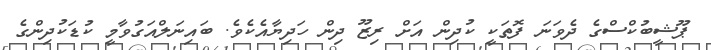
ޕޫޝީބުކްސްގެ ދެވަނަ ފޮތަކީ ކުދިން އަށް ރިޒޫ ދިން ހަދިޔާއެކެވެ. ބައިނަލްއަގުވާމީ ކުޑަކުދިންގެ